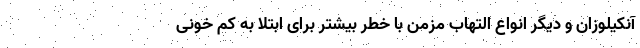
آنکیلوزان و دیگر انواع التهاب مزمن با خطر بیشتر برای ابتلا به کم خونی